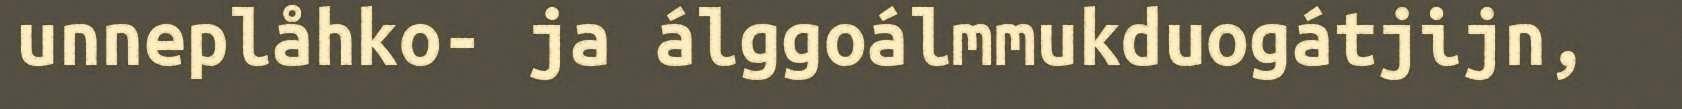
unneplåhko- ja álggoálmmukduogátjijn,